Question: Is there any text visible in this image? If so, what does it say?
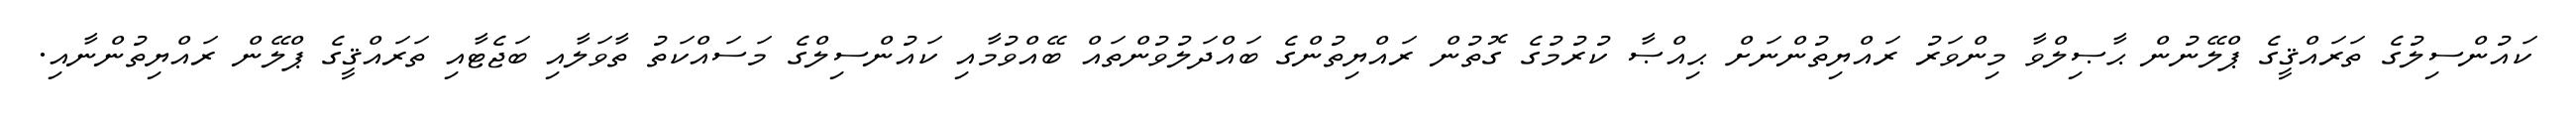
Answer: ކައުންސިލުގެ ތަރައްޤީގެ ޕްލޭނުން ޙާޞިލްވާ މިންވަރު ރައްޔިތުންނަށް ޙިއްޞާ ކުރުމުގެ ގޮތުން ރައްޔިތުންގެ ބައްދަލުވުންތައް ބޭއްވުމާއި ކައުންސިލްގެ މަސައްކަތު ތާވަލާއި ބަޖެޓާއި ތަރައްޤީގެ ޕްލޭން ރައްޔިތުންނާއި.